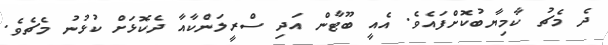
ދެ މެޗު ކާމިޔާބުކޮށްފައެވެ. އެއީ ބޫޓާން އަދި ސްރީލަންކާއާ ދެކޮޅަށް ކުޅުނު މެޗެވެ.